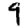
Digit: 9